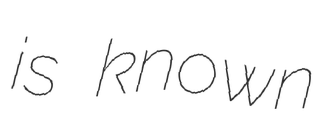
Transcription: is known